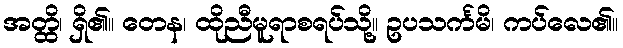
အတ္ထိ၊ ရှိ၏။ တေန၊ ထိုညီမူရာစရပ်သို့။ ဥပသင်္ကမိ၊ ကပ်လေ၏။